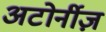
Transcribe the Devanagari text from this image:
अटोर्नीज़